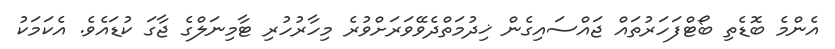
އެންމެ ބޮޑެތި ބޯޓްފަހަރުތައް ޖައްސައިގެން ޚިދުމަތްދެވޭވަރަށްވުރެ މިހާރުހުރި ޓާމިނަލްގެ ޖާގަ ކުޑައެވެ. އެކަމަކު